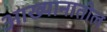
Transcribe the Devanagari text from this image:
आख्यानातील